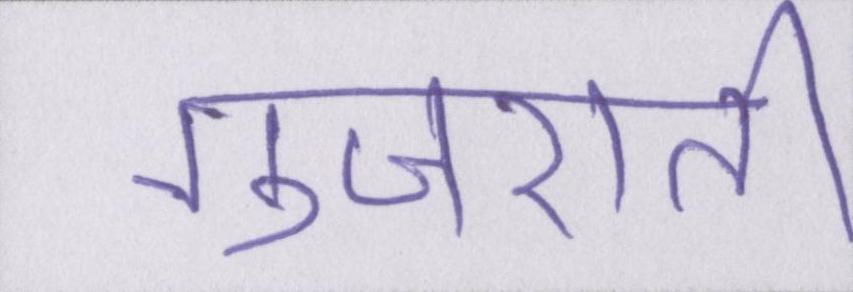
गुजराती